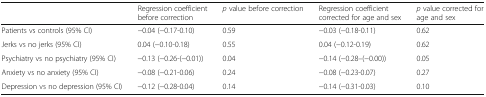
<table><thead><tr><td></td><td><b>Regression coefficient before correction</b></td><td><b><i>p</i> value before correction</b></td><td><b>Regression coefficient corrected for age and sex</b></td><td><b><i>p</i> value corrected for age and sex</b></td></tr></thead><tbody><tr><td>Patients vs controls (95% CI)</td><td>−0.04 (−0.17-0.10)</td><td>0.59</td><td>−0.03 (−0.18-0.11)</td><td>0.62</td></tr><tr><td>Jerks vs no jerks (95% CI)</td><td>0.04 (−0.10-0.18)</td><td>0.55</td><td>0.04 (−0.12-0.19)</td><td>0.62</td></tr><tr><td>Psychiatry vs no psychiatry (95% CI)</td><td>−0.13 (−0.26-(−0.01))</td><td>0.04</td><td>−0.14 (−0.28–(−0.00))</td><td>0.05</td></tr><tr><td>Anxiety vs no anxiety (95% CI)</td><td>−0.08 (−0.21-0.06)</td><td>0.24</td><td>−0.08 (−0.23-0.07)</td><td>0.27</td></tr><tr><td>Depression vs no depression (95% CI)</td><td>−0.12 (−0.28-0.04)</td><td>0.14</td><td>−0.14 (−0.31-0.03)</td><td>0.10</td></tr></tbody></table>